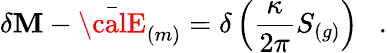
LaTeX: \delta\mathbf{M}-\bar{{\calE}}_{(m)}=\delta\left({\frac{{\kappa}}{{2\pi}}}S_{(g)}\right)~~~.